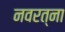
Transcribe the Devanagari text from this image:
नवरत्ना